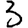
Digit: 3